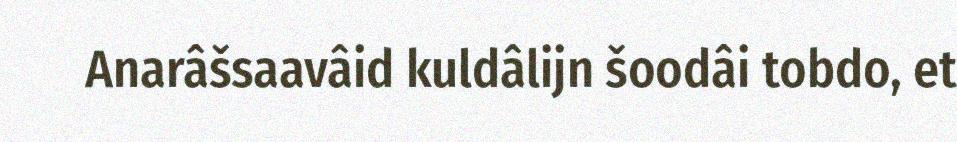
Anarâšsaavâid kuldâlijn šoodâi tobdo, et